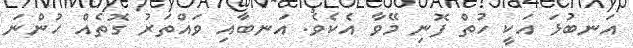
އަނބުޅަ އަކީ ހުތް ފޮނި މޭވާ އެކެވެ. އަނބާއި ވައްތަރު ގޮތެއް ހުންނަ